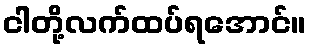
ငါတို့လက်ထပ်ရအောင်။